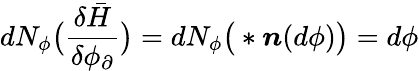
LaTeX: dN_{\phi}\big(\frac{\delta\bar{H}}{\delta\phi_{\partial}}\big)=dN_{\phi}\big(\ast\boldsymbol{n}(d\phi)\big)=d\phi